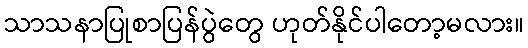
သာသနာပြုစာပြန်ပွဲတွေ ဟုတ်နိုင်ပါတော့မလား။